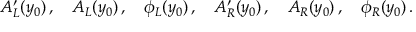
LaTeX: A _ { L } ^ { \prime } ( y _ { 0 } ) \, , \quad A _ { L } ( y _ { 0 } ) \, , \quad \phi _ { L } ( y _ { 0 } ) \, , \quad A _ { R } ^ { \prime } ( y _ { 0 } ) \, , \quad A _ { R } ( y _ { 0 } ) \, , \quad \phi _ { R } ( y _ { 0 } ) \, .